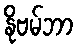
နိုဗမ်ဘာ